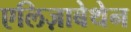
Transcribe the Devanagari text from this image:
एलिज़ाबेथेन